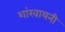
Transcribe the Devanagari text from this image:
शांखायनी